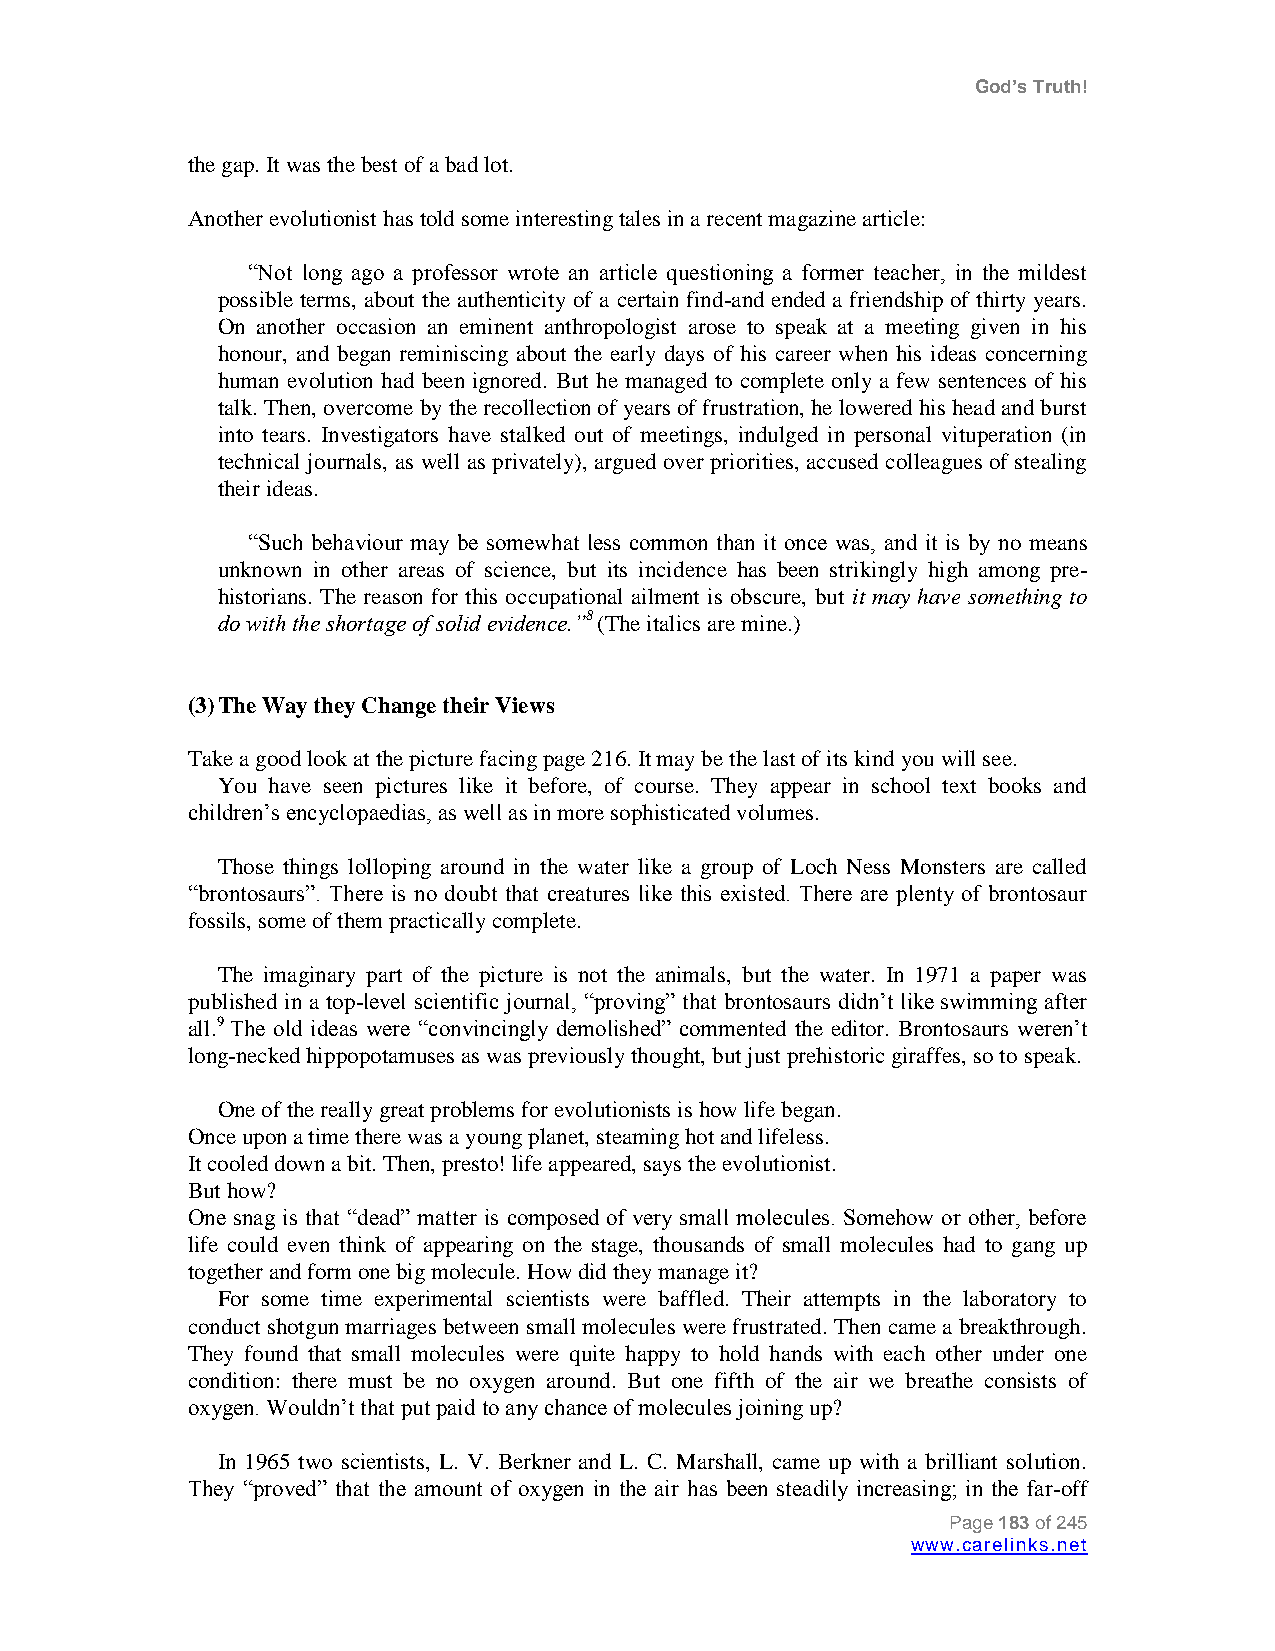
God’s Truth!
 the gap. It was the best of a bad lot.
 Another evolutionist has told some interesting tales in a recent magazine article:
 “Not long ago a professor wrote an article questioning a former teacher, in the mildest
 possible terms, about the authenticity of a certain find-and ended a friendship of thirty years.
 On another occasion an eminent anthropologist arose to speak at a meeting given in his
 honour, and began reminiscing about the early days of his career when his ideas concerning
 human evolution had been ignored. But he managed to complete only a few sentences of his
 talk. Then, overcome by the recollection of years of frustration, he lowered his head and burst
 into tears. Investigators have stalked out of meetings, indulged in personal vituperation (in
 technical journals, as well as privately), argued over priorities, accused colleagues of stealing
 their ideas.
 “Such behaviour may be somewhat less common than it once was, and it is by no means
 unknown in other areas of science, but its incidence has been strikingly high among pre-
 historians. The reason for this occupational ailment is obscure, but it may have something to
 do with the shortage of solid evidence.”8 (The italics are mine.)
 (3) The Way they Change their Views
 Take a good look at the picture facing page 216. It may be the last of its kind you will see.
 You have seen pictures like it before, of course. They appear in school text books and
 children‟s encyclopaedias, as well as in more sophisticated volumes.
 Those things lolloping around in the water like a group of Loch Ness Monsters are called
 “brontosaurs”. There is no doubt that creatures like this existed. There are plenty of brontosaur
 fossils, some of them practically complete.
 The imaginary part of the picture is not the animals, but the water. In 1971 a paper was
 published in a top-level scientific journal, “proving” that brontosaurs didn‟t like swimming after
 all.9 The old ideas were “convincingly demolished” commented the editor. Brontosaurs weren‟t
 long-necked hippopotamuses as was previously thought, but just prehistoric giraffes, so to speak.
 One of the really great problems for evolutionists is how life began.
 Once upon a time there was a young planet, steaming hot and lifeless.
 It cooled down a bit. Then, presto! life appeared, says the evolutionist.
 But how?
 One snag is that “dead” matter is composed of very small molecules. Somehow or other, before
 life could even think of appearing on the stage, thousands of small molecules had to gang up
 together and form one big molecule. How did they manage it?
 For some time experimental scientists were baffled. Their attempts in the laboratory to
 conduct shotgun marriages between small molecules were frustrated. Then came a breakthrough.
 They found that small molecules were quite happy to hold hands with each other under one
 condition: there must be no oxygen around. But one fifth of the air we breathe consists of
 oxygen. Wouldn‟t that put paid to any chance of molecules joining up?
 In 1965 two scientists, L. V. Berkner and L. C. Marshall, came up with a brilliant solution.
 They “proved” that the amount of oxygen in the air has been steadily increasing; in the far-off
 Page 183 of 245
 www.carelinks.net